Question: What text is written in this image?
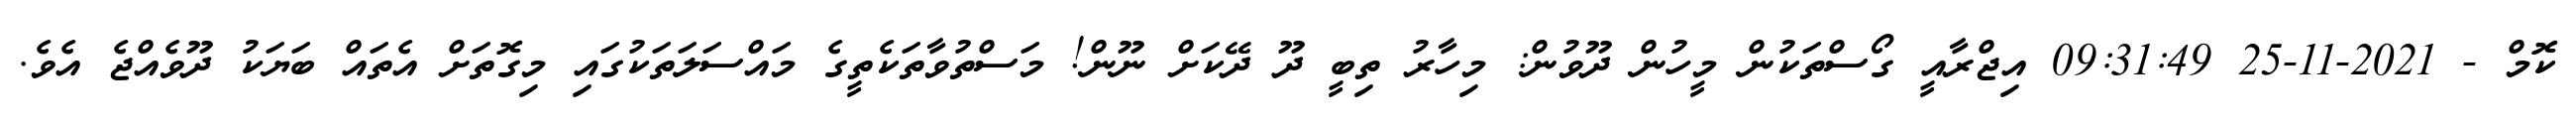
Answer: ކޮމް - 2021-11-25 09:31:49 އިޖްރާއީ ގޯސްތަކުން މީހުން ދޫވުން: މިހާރު ތިބީ ދޫ ދޭކަށް ނޫން! މަސްތުވާތަކެތީގެ މައްސަލަތަކުގައި މިގޮތަށް އެތައް ބަޔަކު ދޫވެއްޖެ އެވެ.